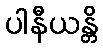
ပါနီယန္တိ